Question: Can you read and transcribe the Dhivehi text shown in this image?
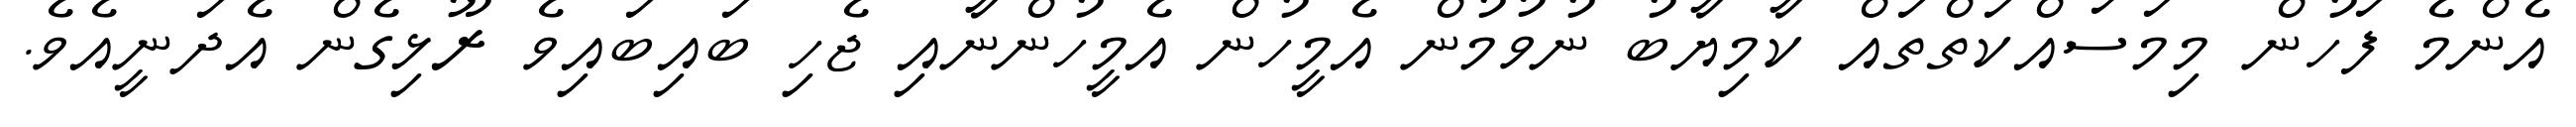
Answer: އެންމެ ފަހުން މިމަސައްކަތްތައް ކާމިޔާބު ނުވުމުން އެމީހުން އެމީހުންނާއި ޖެހި ބައިބައިވެ ރޫޅިގެން އެދަނީއެވެ.